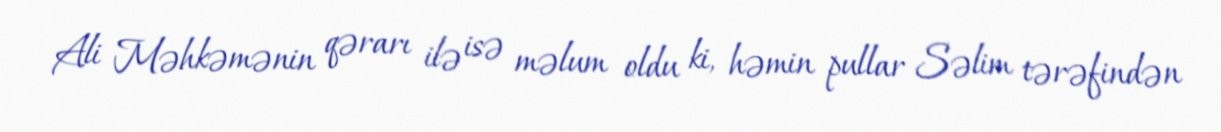
Ali Məhkəmənin qərarı ilə isə məlum oldu ki, həmin pullar Səlim tərəfindən